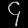
Digit: ၄